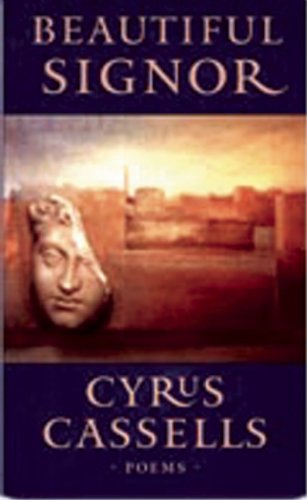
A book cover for Beautiful Signor; Cyrus Cassells; Romance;